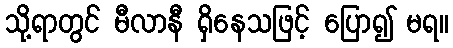
သို့ရာတွင် မီလာနီ ရှိနေသဖြင့် ပြော၍ မရ။